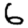
Digit: 6